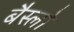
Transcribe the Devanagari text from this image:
बैस्लो